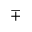
\mp